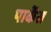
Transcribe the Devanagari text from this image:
पार्केस